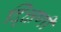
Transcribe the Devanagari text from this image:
द्क्षिणी